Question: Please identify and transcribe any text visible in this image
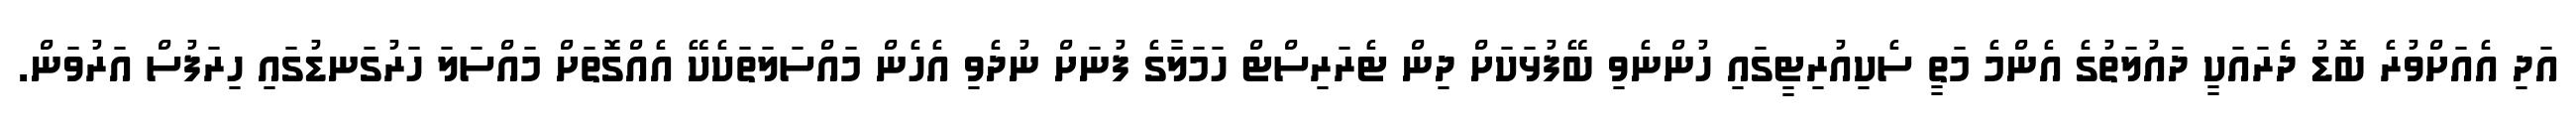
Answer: އަދި އެއަށްވުރެ ބޮޑު ދެރައަކީ ދައުލަތުގެ އެންމެ މަތީ ސެކިއުރިޓީގައި ހުންނެވި ބޭފުޅަކަށް ދިން ޓެރަރިސްޓް ހަމަލާގެ ފުނަށް ނުދެވި އެހެން މައްސަލަތަކެކޭ އެއްގޮތަށް މައްސަލަ ހަރުގަނޑުގައި ހިރަފުސް އަރުވަން.